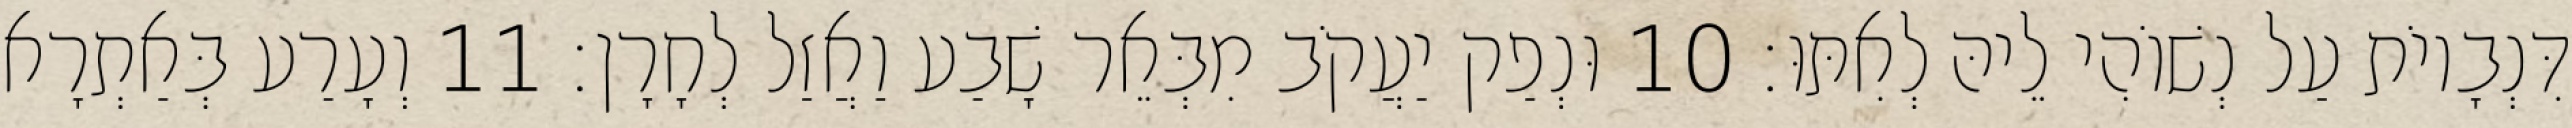
דִּנְבָיוֹת עַל נְשׁוֹהִי לֵיהּ לְאִתּוּ׃ 10 וּנְפַק יַעֲקֹב מִבְּאֵר שָׁבַע וַאֲזַל לְחָרָן׃ 11 וְעָרַע בְּאַתְרָא